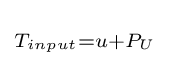
\scriptstyle T_{input}=u+P_{U}